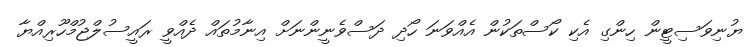
ޔުނިވަސިޓީން ހިންގި އެކި ކޯސްތަކުން އެއްވަނަ ހޯދި ދަސްވެނީންނަށް އިނާމުތައް ދެއްވީ ރައީސުލްޖުމްހޫރިއްޔާ